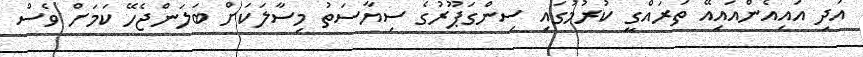
އަދި އައިއެންއައިއޭ ތަރައްގީ ކުރުމުގައި ސިންގަޕޫރުގެ ސިޔާސަތު މިސާލަކަށް ބަލަންޖެހޭ ކަމަށް ވެސް